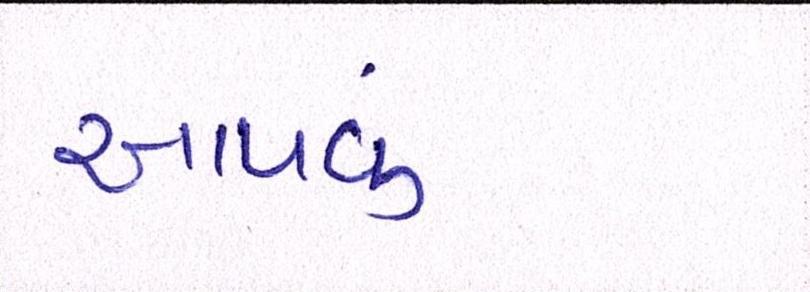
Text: આપવું